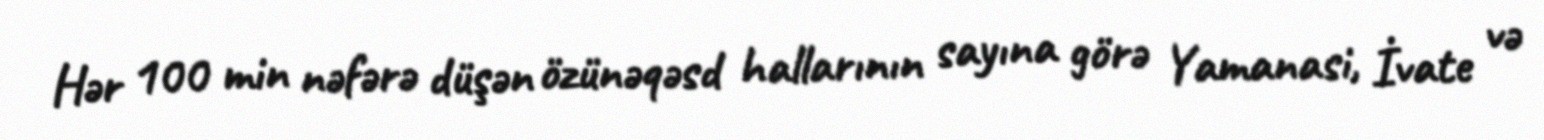
Hər 100 min nəfərə düşən özünəqəsd hallarının sayına görə Yamanasi, İvate və